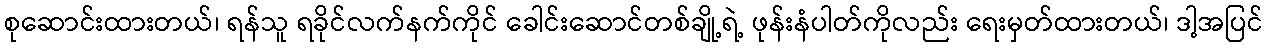
စုဆောင်းထားတယ်၊ ရန်သူ ရခိုင်လက်နက်ကိုင် ခေါင်းဆောင်တစ်ချို့ရဲ့ ဖုန်းနံပါတ်ကိုလည်း ရေးမှတ်ထားတယ်၊ ဒါ့အပြင်